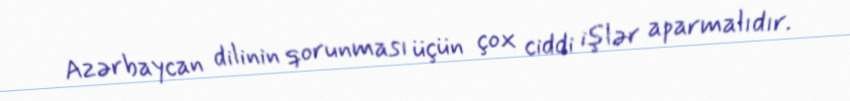
Azərbaycan dilinin qorunması üçün çox ciddi işlər aparmalıdır.